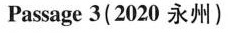
Passage 3(2020 永州)